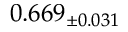
0 . 6 6 9 _ { \pm 0 . 0 3 1 }